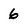
Character: 6